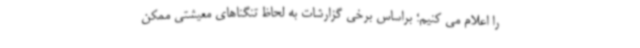
را اعلام می کنیم؛ براساس برخی گزارشات به لحاظ تنگناهای معیشتی ممکن